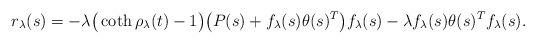
LaTeX: \begin{align*}r_{\lambda}(s) = - \lambda \big( \coth \rho_{\lambda}(t) - 1 \big) \big( P(s) + f_{\lambda}(s) \theta(s)^{T} \big) f_{\lambda}(s) - \lambda f_{\lambda}(s) \theta(s)^{T} f_{\lambda}(s). \end{align*}